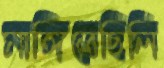
মাঙ্গিতেছিলি